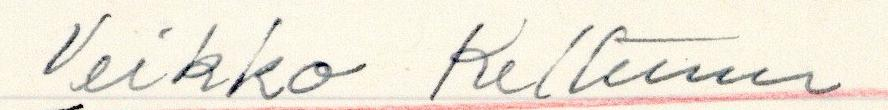
Veikko Kettunen